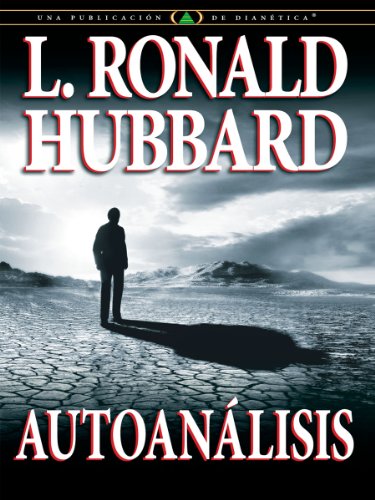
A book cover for Autoanalisis (Spanish Edition); L. Ron Hubbard; Religion & Spirituality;